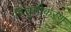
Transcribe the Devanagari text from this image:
विघुत्तीकरण